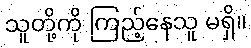
သူတို့ကို ကြည့်နေသူ မရှိ။